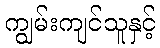
ကျွမ်းကျင်သူနှင့်